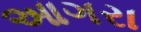
આગરા